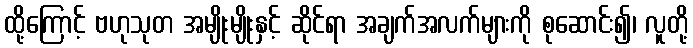
ထို့ကြောင့် ဗဟုသုတ အမျိုးမျိုးနှင့် ဆိုင်ရာ အချက်အလက်များကို စုဆောင်း၍၊ လူတို့